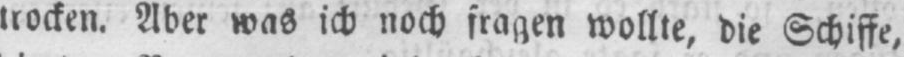
trocken. Aber was ich noch fragen wollte, die Schiffe,